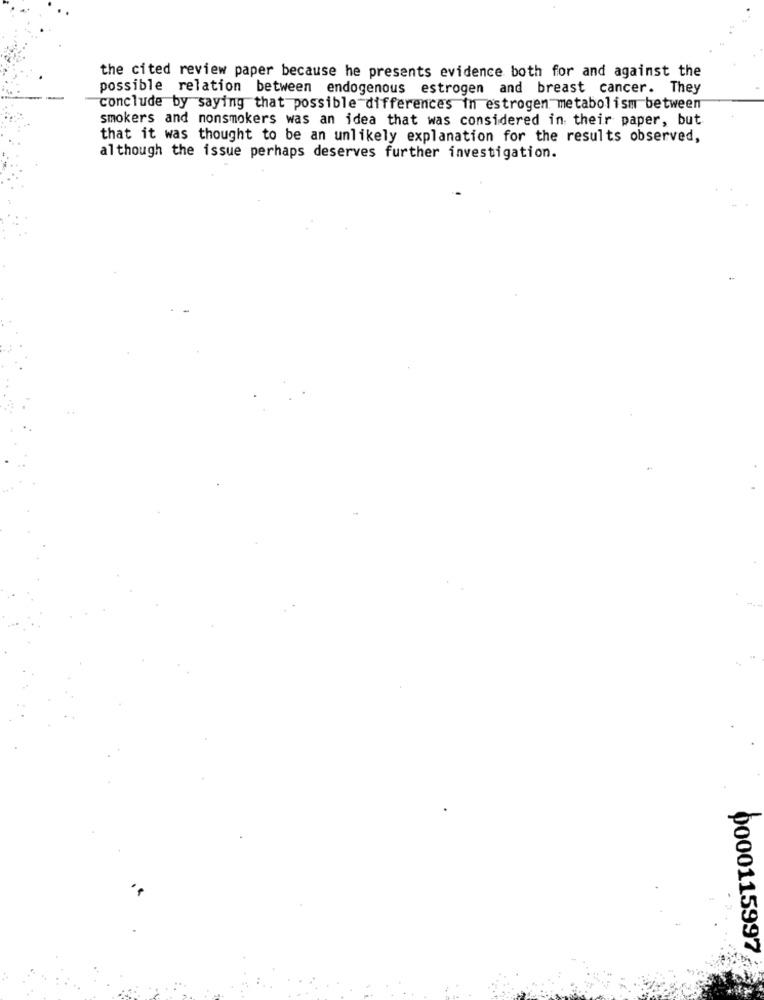
the cited review paper because he presents evidence both for and against the
possible relation between endogenous estrogen and breast cancer. They
conclude by saying that possible differences in estrogen metabolism between
smokers and nonsmokers was an idea that was considered in their paper, but
that it was thought to be an unlikely explanation for the results observed,
although the issue perhaps deserves further investigation.
0000115997